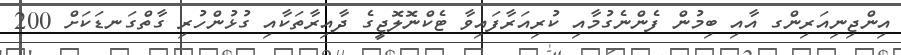
އިންޖިނިއަރިންގ އާއި ބިމުން ފެންނެގުމާއި ކުރިއަރާފައިވާ ޓެކްނޮލޮޖީގެ ދާއިރާތަކާއި ގުޅުންހުރި ގާތްގަނޑަކަށް 200